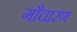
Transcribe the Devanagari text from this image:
गौचारण